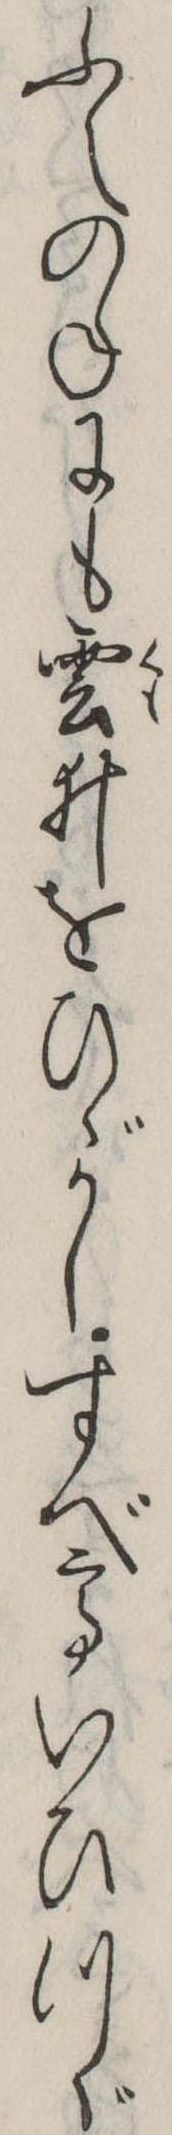
ふえのねにも雲ゐをひゞかしすべていひつゞ